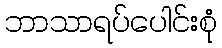
ဘာသာရပ်ပေါင်းစုံ